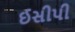
ઈસીપી